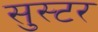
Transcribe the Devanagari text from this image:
सुस्टर